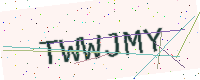
Text: TWWJMY